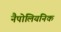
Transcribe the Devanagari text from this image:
नैपोलियनिक